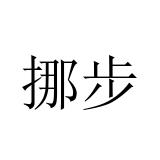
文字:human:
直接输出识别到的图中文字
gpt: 挪步